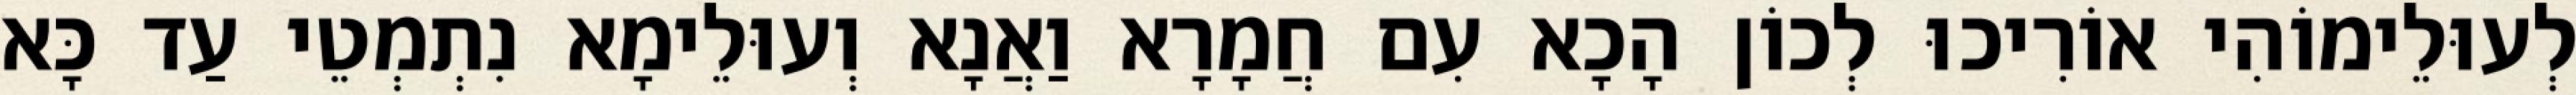
לְעוּלֵימוֹהִי אוֹרִיכוּ לְכוֹן הָכָא עִם חֲמָרָא וַאֲנָא וְעוּלֵימָא נִתְמְטֵי עַד כָּא